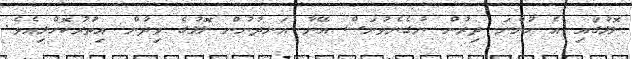
ލޮލުގައި އެ ހުންނަ ދިރުން ނުގެނެވުނަސް އޭނާ އަނދުނުން ލޮލުގެ ވިދުން އިތުރުކޮށްލިއެވެ.